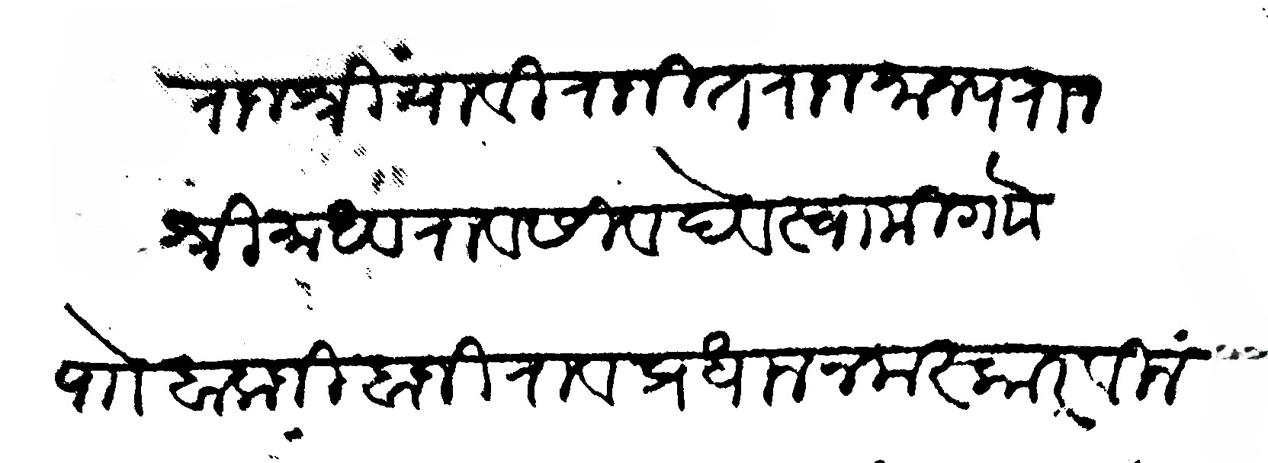
Transliteration (Devanagari): राजश्रिया विराजित राजमान्य राजश्री माधवराव सिवदेव स्वामी गाो पाो बालाजी बाजीराव प्रधान नमस्कार विनंती